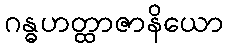
ဂန္ဓဟတ္ထာဇာနိယော